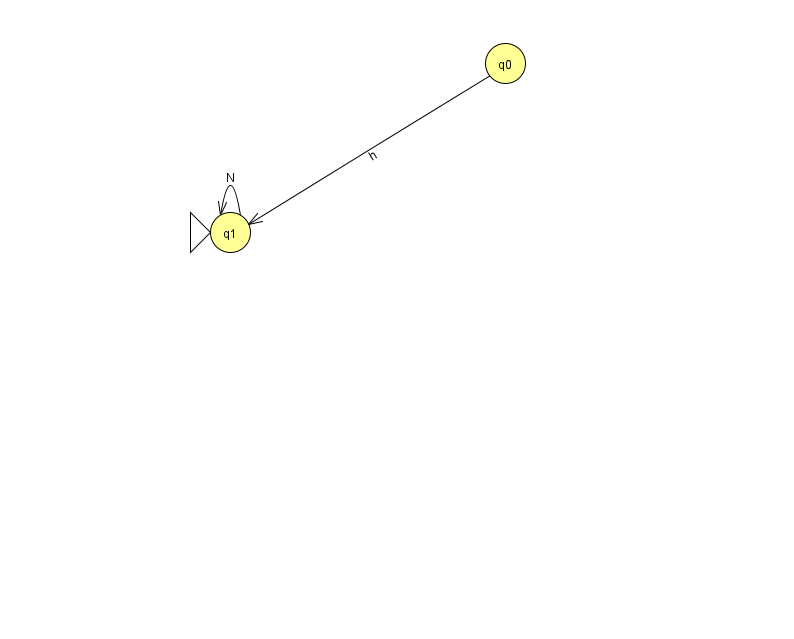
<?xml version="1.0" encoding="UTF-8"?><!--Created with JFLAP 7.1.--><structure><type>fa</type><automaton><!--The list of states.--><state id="0" name="q0"><x>505.0</x><y>50.0</y></state><state id="1" name="q1"><x>230.0</x><y>219.0</y><initial/></state><!--The list of transitions.--><transition><from>0</from><to>1</to><read>h</read></transition><transition><from>1</from><to>1</to><read>N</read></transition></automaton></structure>